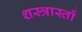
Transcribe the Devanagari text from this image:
शस्त्रास्तों